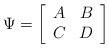
LaTeX: \begin{align*}\Psi=\left[\begin{array}{cc}A&B\\C&D\end{array}\right]\end{align*}